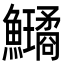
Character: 𩽗